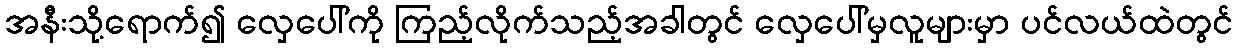
အနီးသို့ရောက်၍ လှေပေါ်ကို ကြည့်လိုက်သည့်အခါတွင် လှေပေါ်မှလူများမှာ ပင်လယ်ထဲတွင်